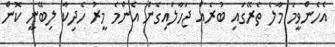
އެހެންވީމަ މާލެ ތެރޭގައި ބުރެއް ޖަހާލައިގެން އެންމެ މީރު ހެދިކާ ލިބޭނީ ކޮން